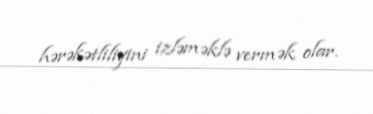
hərəkətliliyini izləməklə vermək olar.